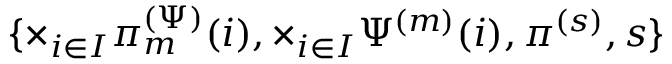
\{ \times _ { i \in I } \pi _ { m } ^ { ( \Psi ) } ( i ) , \times _ { i \in I } \Psi ^ { ( m ) } ( i ) , \pi ^ { ( s ) } , s \}